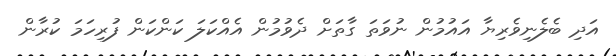
އަދި ބެލެނިވެރިޔާ އައުމުން ނުވަތަ ގާތަށް ދެވުމުން އެއްކަލަ ކަންކަން ފުރިހަމަ ކުރާން